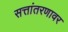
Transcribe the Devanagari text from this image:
सत्तांतरणावर